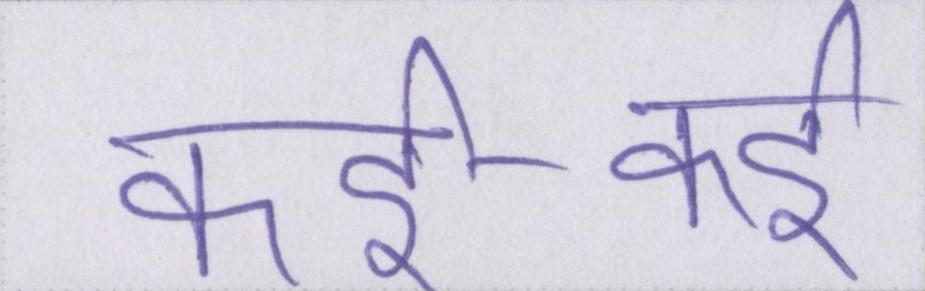
कई-कई